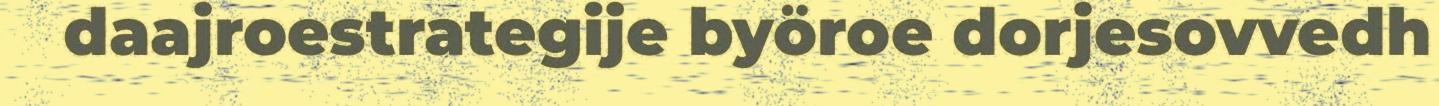
daajroestrategije byöroe dorjesovvedh